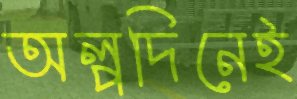
অল্পদিনেই